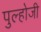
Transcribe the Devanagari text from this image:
पुल्होजी